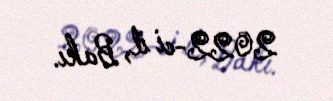
2022-ci il, Bakı.